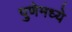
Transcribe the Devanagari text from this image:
पुणेमध्ये